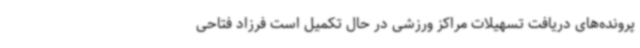
پرونده‌های دریافت تسهیلات مراکز ورزشی در حال تکمیل است فرزاد فتاحی